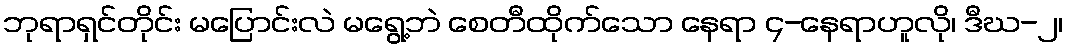
ဘုရာရှင်တိုင်း မပြောင်းလဲ မရွေ့ဘဲ စေတီထိုက်သော နေရာ ၄-နေရာဟူလို၊ ဒီဃ-၂၊